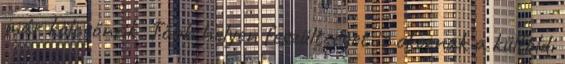
már kölcsönzik. Több helyen feszültséget is okoznak a külföldi